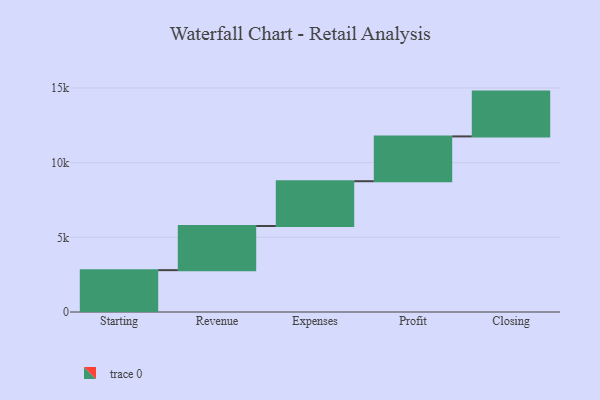
{"axis": {"x": "Step", "y": "Value"}, "legend": [""], "data": [{"x": "Starting", "y": 2802.0, "type": ""}, {"x": "Revenue", "y": 2955.0, "type": ""}, {"x": "Expenses", "y": 3000, "type": ""}, {"x": "Profit", "y": 3000, "type": ""}, {"x": "Closing", "y": 3000, "type": ""}]}